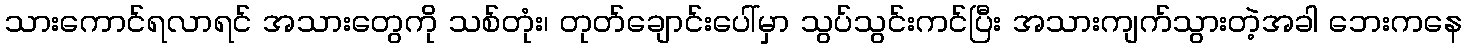
သားကောင်ရလာရင် အသားတွေကို သစ်တုံး၊ တုတ်ချောင်းပေါ်မှာ သွပ်သွင်းကင်ပြီး အသားကျက်သွားတဲ့အခါ ဘေးကနေ